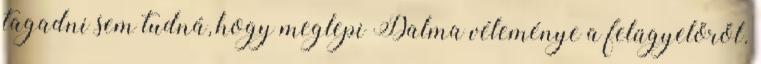
tagadni sem tudná, hogy meglepi Dalma véleménye a felügyelőről.